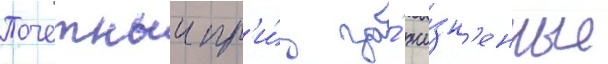
Почетныи пр'и́з за́ жи́зн'енные